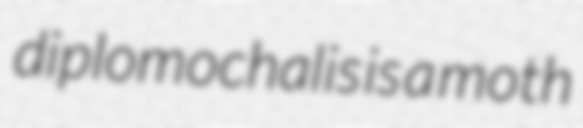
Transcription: diplomochalis is a moth